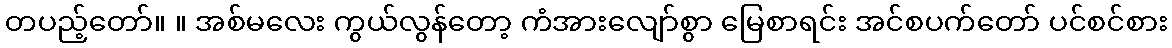
တပည့်တော်။ ။ အစ်မလေး ကွယ်လွန်တော့ ကံအားလျော်စွာ မြေစာရင်း အင်စပက်တော် ပင်စင်စား